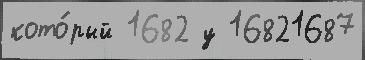
кото́рый 1682 у 16821687